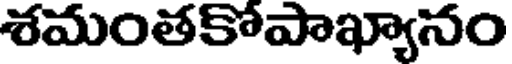
శమంతకోపాఖ్యానం